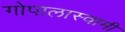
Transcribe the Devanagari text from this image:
गोपालास्वामी